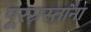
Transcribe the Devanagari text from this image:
पूरग्रस्‍तांना